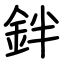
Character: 鉡